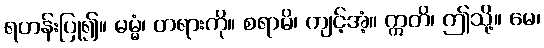
ရဟန်းပြု၍။ ဓမ္မံ၊ တရားကို။ စရာမိ၊ ကျင့်အံ့။ ဣတိ၊ ဤသို့။ မေ၊